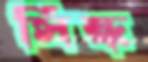
সিন্ধ